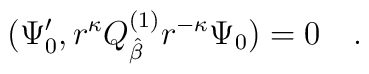
(\Psi_0^\prime , r^{\kappa} Q_{\hat{\beta}}^{(1)} r^{- \kappa} \Psi_0 ) =0 \quad .